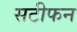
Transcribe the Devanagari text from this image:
सटीफन